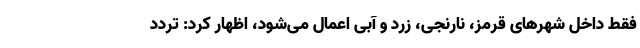
فقط داخل شهرهای قرمز، نارنجی، زرد و آبی اعمال می‌شود، اظهار کرد: تردد